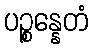
ပဉ္စန္နေတံ